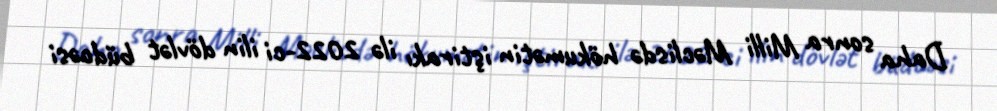
Daha sonra Milli Məclisdə hökumətin iştirakı ilə 2022-ci ilin dövlət büdcəsi